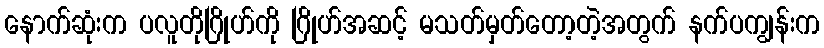
နောက်ဆုံးက ပလူတိုဂြိုဟ်ကို ဂြိုဟ်အဆင့် မသတ်မှတ်တော့တဲ့အတွက် နက်ပကျွန်းက